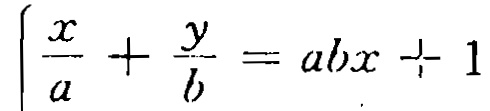
$\left\{\frac{x}{a}+\frac{y}{b}=abx + 1\right.$